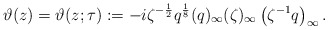
\begin{align*}\vartheta(z)=\vartheta(z;\tau):=-i\zeta^{-\frac12}q^{\frac18}(q)_{\infty}(\zeta )_{\infty}\left(\zeta^{-1}q\right)_{\infty}.\end{align*}